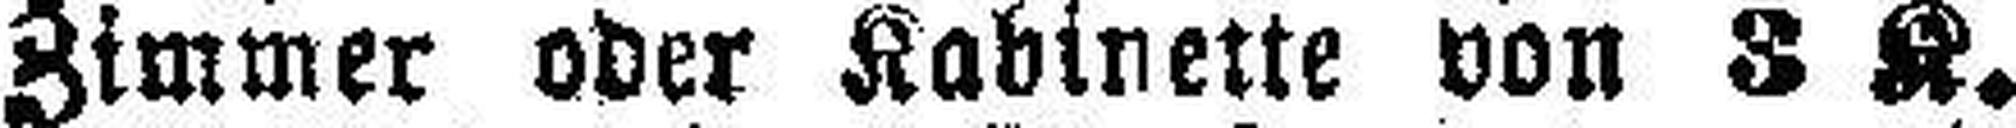
Zimmer oder Kabinette von 3 K.